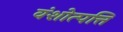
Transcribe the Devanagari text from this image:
वंशोत्पत्ति